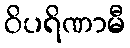
ဝိပရိဏာမီ